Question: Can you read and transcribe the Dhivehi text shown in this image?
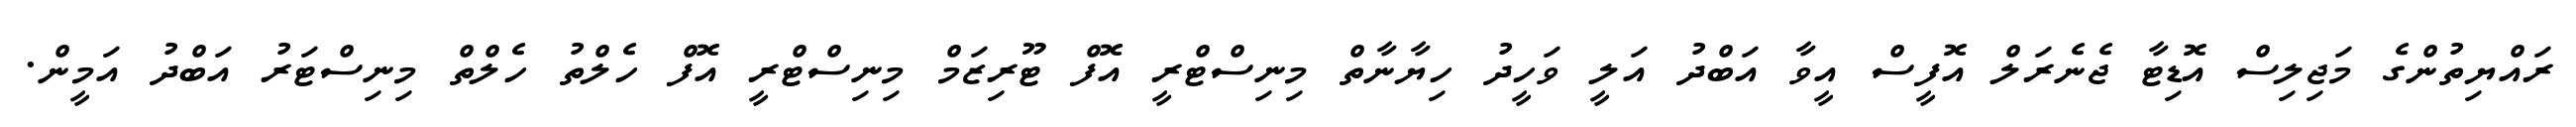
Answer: ރައްޔިތުންގެ މަޖިލިސް އޮޑިޓާ ޖެނެރަލް އޮފީސް އީވާ އަބްދު އަލީ ވަހީދު ހިޔާނާތް މިނިސްޓްރީ އޮފް ޓޫރިޒަމް މިނިސްޓްރީ އޮފް ހެލްތު ހެލްތް މިނިސްޓަރު އަބްދު އަމީން.